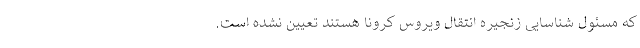
که مسئول شناسایی زنجیره انتقال ویروس کرونا هستند تعیین نشده است.